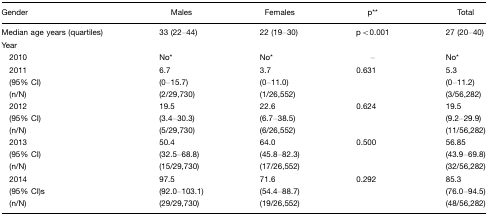
<table><thead><tr><td><b>Gender</b></td><td><b>Males</b></td><td><b>Females</b></td><td><b>p**</b></td><td><b>Total</b></td></tr></thead><tbody><tr><td>Median age years (quartiles)</td><td>33 (22–44)</td><td>22 (19–30)</td><td>p&lt;0.001</td><td>27 (20–40)</td></tr><tr><td>Year</td><td></td><td></td><td></td><td></td></tr><tr><td> 2010</td><td>No*</td><td>No*</td><td>–</td><td>No*</td></tr><tr><td> 2011 (95% CI) (n/N)</td><td>6.7(0–15.7)(2/29,730)</td><td>3.7(0–11.0)(1/26,552)</td><td>0.631</td><td>5.3(0–11.2)(3/56,282)</td></tr><tr><td> 2012 (95% CI) (n/N)</td><td>19.5(3.4–30.3)(5/29,730)</td><td>22.6(6.7–38.5)(6/26,552)</td><td>0.624</td><td>19.5(9.2–29.9)(11/56,282)</td></tr><tr><td> 2013 (95% CI) (n/N)</td><td>50.4(32.5–68.8)(15/29,730)</td><td>64.0(45.8–82.3)(17/26,552)</td><td>0.500</td><td>56.85(43.9–69.8)(32/56,282)</td></tr><tr><td> 2014 (95% CI)s (n/N)</td><td>97.5(92.0–103.1)(29/29,730)</td><td>71.6(54.4–88.7)(19/26,552)</td><td>0.292</td><td>85.3(76.0–94.5)(48/56,282)</td></tr></tbody></table>